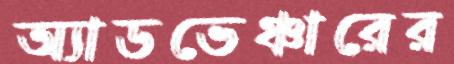
অ্যাডভেঞ্চারের